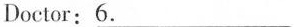
Doctor: \underline{6}